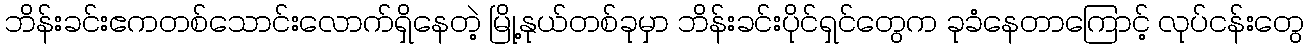
ဘိန်းခင်းဧကတစ်သောင်းလောက်ရှိနေတဲ့ မြို့နုယ်တစ်ခုမှာ ဘိန်းခင်းပိုင်ရှင်တွေက ခုခံနေတာကြောင့် လုပ်ငန်းတွေ